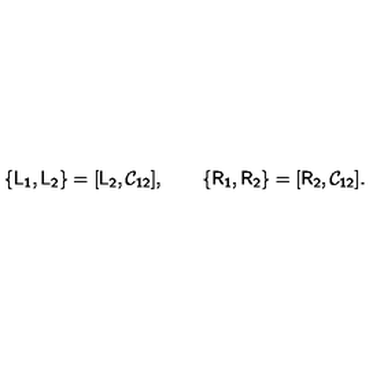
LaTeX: \{ \mathsf { L _ { 1 } } , \mathsf { L _ { 2 } } \} = [ \mathsf { L _ { 2 } } , \mathsf { \mathcal { C } _ { 1 2 } } ] , \qquad \{ \mathsf { R _ { 1 } } , \mathsf { R _ { 2 } } \} = [ \mathsf { R _ { 2 } } , \mathsf { \mathcal { C } _ { 1 2 } } ] .